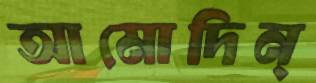
আমোদিন্